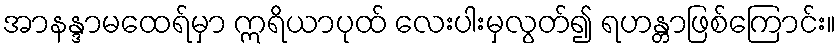
အာနန္ဒာမထေရ်မှာ ဣရိယာပုထ် လေးပါးမှလွတ်၍ ရဟန္တာဖြစ်ကြောင်း။